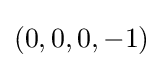
(0,0,0,-1)